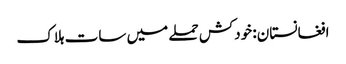
افغانستان: خودکش حملے میں سات ہلاک